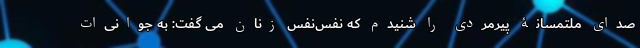
صدای ملتمسانۀ پیرمردی را شنیدم که نفس‌نفس زنان می گفت: به جوانی‌ات